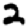
Digit: 2